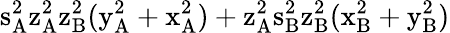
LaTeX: \mathrm{s_{A}^{2}\mathrm{z_{A}^{2}\mathrm{z_{B}^{2}(\mathrm{y_{A}^{2}+\mathrm{x_{A}^{2})+\mathrm{z_{A}^{2}\mathrm{s_{B}^{2}\mathrm{z_{B}^{2}(\mathrm{x_{B}^{2}+\mathrm{y_{B}^{2})}}}}}}}}}}